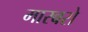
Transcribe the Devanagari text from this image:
मारबरो